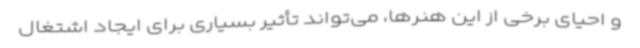
و احیای برخی از این هنرها، می‌تواند تأثیر بسیاری برای ایجاد اشتغال